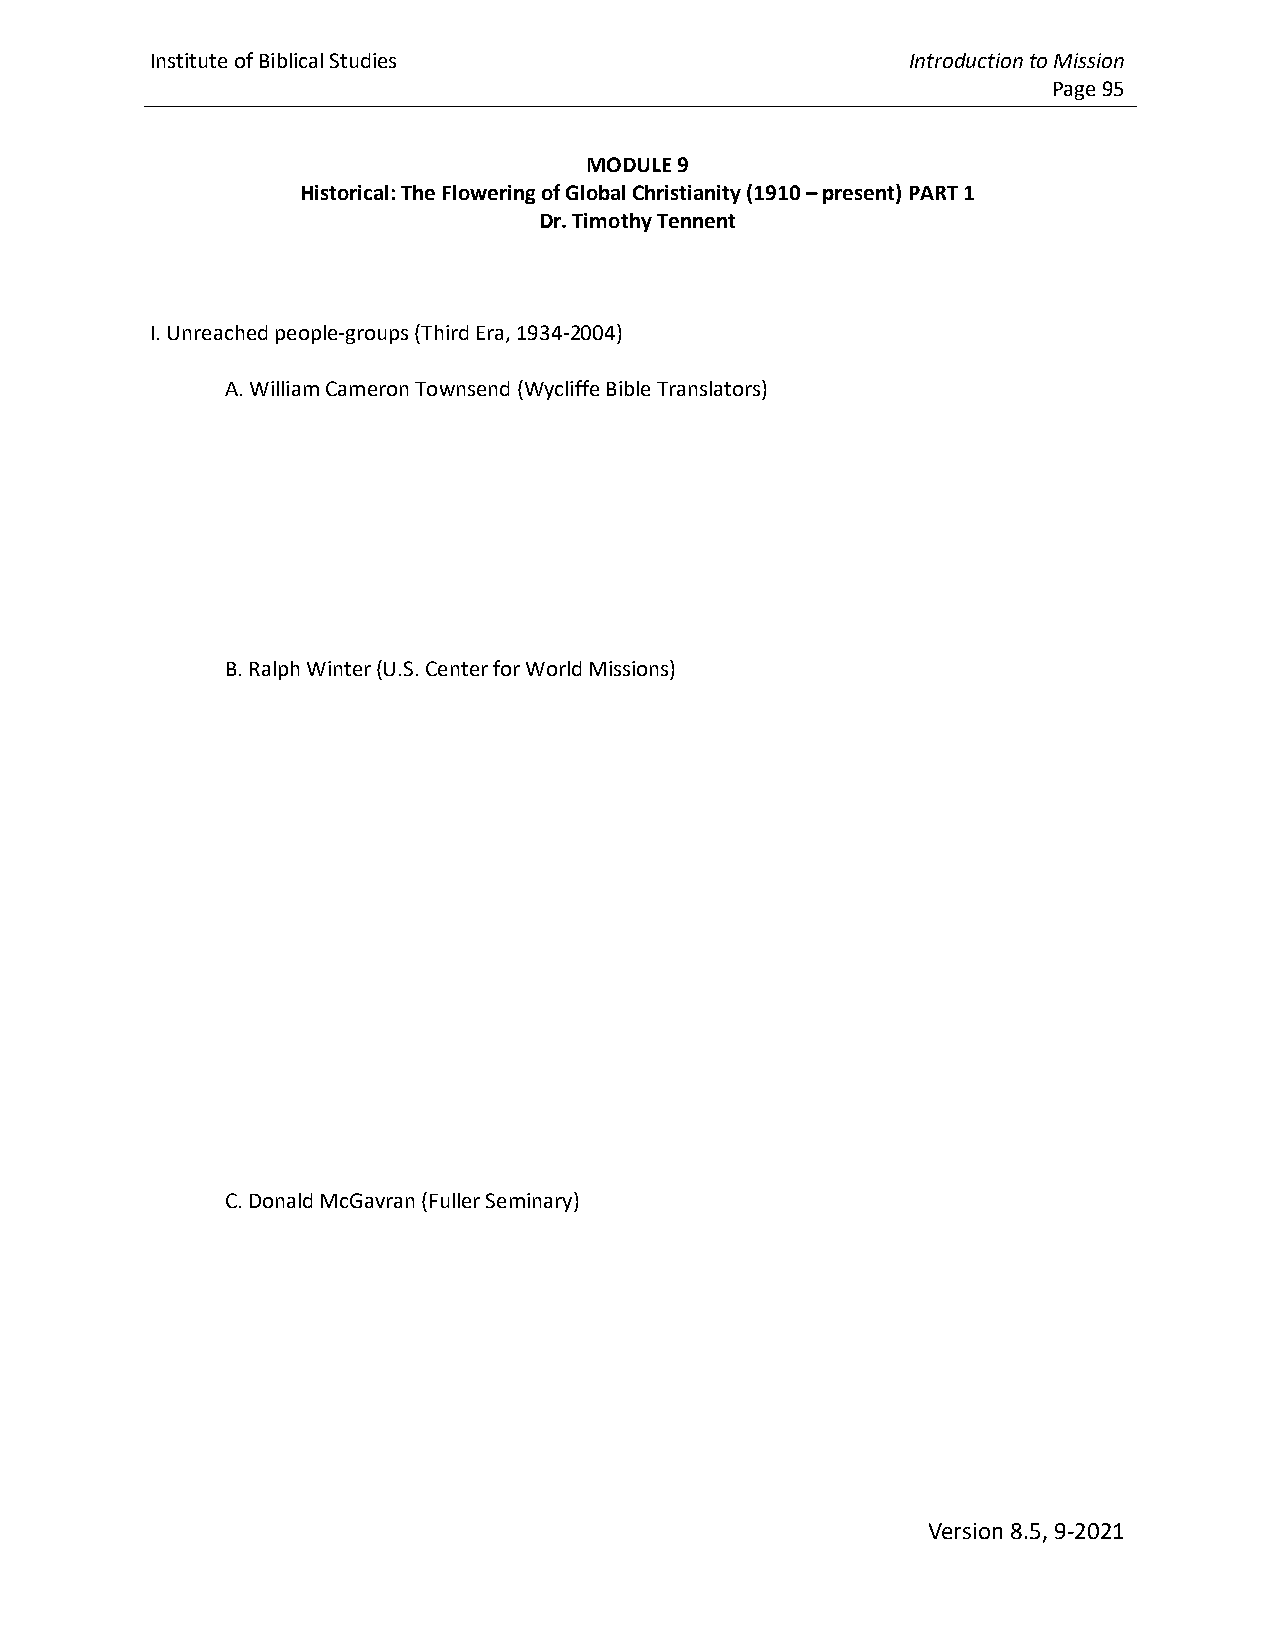
Institute of Biblical Studies                     Introduction to Mission
 Page 95
 MODULE 9
 Historical: The Flowering of Global Christianity (1910 – present) PART 1
 Dr. Timothy Tennent
 I. Unreached people-groups (Third Era, 1934-2004)
 A. William Cameron Townsend (Wycliffe Bible Translators)
 B. Ralph Winter (U.S. Center for World Missions)
 C. Donald McGavran (Fuller Seminary)
 Version 8.5, 9-2021